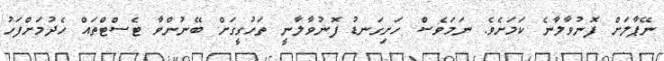
ނޭޕާލަށް ފޮނުވާލާނެ ކަމަށެވެ. ނަމަވެސް ހަށިގަނޑު ފޮނުވާލާނީ ތަހުގީގަށް ބޭނުންވާ ޓެސްޓްތައް ހެދުމަށްފަހު